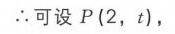
\(\therefore\)可设\(P(2,t)\)，